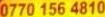
0770 156 4810